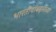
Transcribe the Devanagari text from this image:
भारतीयांबद्दलच्या